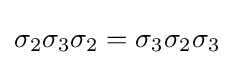
\sigma _{2}\sigma _{3}\sigma _{2}=\sigma _{3}\sigma _{2}\sigma _{3}